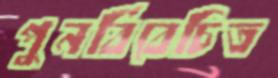
পুনর্বিবেচিত